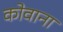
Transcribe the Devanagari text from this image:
कोवाना